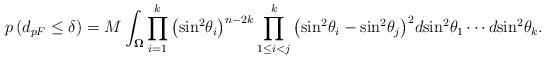
LaTeX: \begin{align*}p\left( {{d_{pF}} \leq \delta } \right) = M\int_{\mathbf{\Omega }} {\prod\limits_{i = 1}^k {{{\left( {{{\sin }^2}{\theta _i}} \right)}^{n - 2k}}} \prod\limits_{1 \leq i < j}^k {{{\left( {{{\sin }^2}{\theta _i} - {{\sin }^2}{\theta _j}} \right)}^2}} d{{\sin }^2}{\theta _1} \cdots d{{\sin }^2}{\theta _k}}.\end{align*}